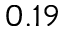
0 . 1 9